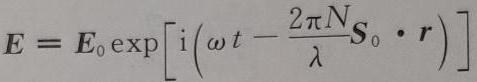
$\boldsymbol{E}=\boldsymbol{E}_{0} \exp \left[\mathrm{i}\left(\omega t-\frac{2 \pi N}{\lambda} \boldsymbol{S}_{0} \cdot \boldsymbol{r}\right)\right]$